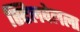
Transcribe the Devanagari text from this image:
स्टिलवेलला